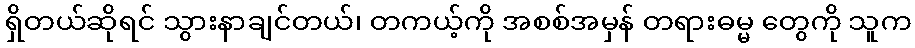
ရှိတယ်ဆိုရင် သွားနာချင်တယ်၊ တကယ့်ကို အစစ်အမှန် တရားဓမ္မ တွေကို သူက